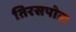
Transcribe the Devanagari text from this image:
तिरसपोल